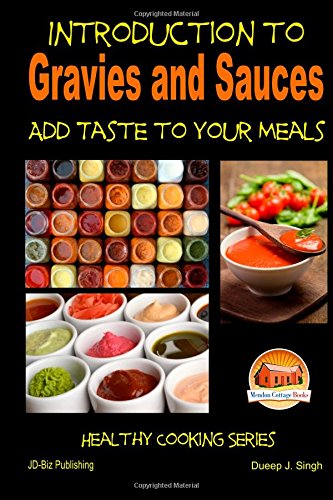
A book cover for Introduction to Gravies and Sauces - Add Taste to Your Meals; John Davidson; Cookbooks, Food & Wine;